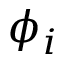
\phi _ { i }